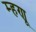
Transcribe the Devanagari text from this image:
म्‍हणू